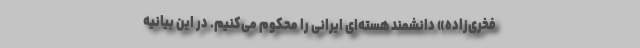
فخری‌زاده» دانشمند هسته‌ای ایرانی را محکوم می‌کنیم. در این بیانیه